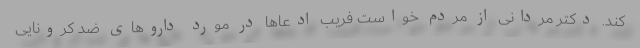
کند. دکتر مردانی از مردم خواست فریب ادعاها در مورد داروهای ضد کرونایی